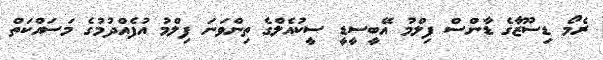
ރެމޯ ޑިސޫޒާގެ ޑާންސް ފިލްމު އޭބީސީޑީ ސީކުއެލްގެ ތިންވަނަ ފިލްމު އުފެއްދުމުގެ މަސައްކަތް